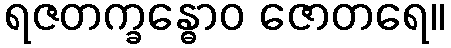
ရဇတက္ခန္ဓောဝ ဇောတရေ။